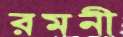
রমনী